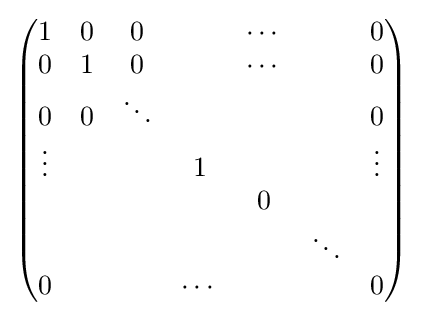
{\begin{pmatrix}1&0&0&&\cdots &&0\\0&1&0&&\cdots &&0\\0&0&\ddots &&&&0\\\vdots &&&1&&&\vdots \\&&&&0&&\\&&&&&\ddots &\\0&&&\cdots &&&0\end{pmatrix}}